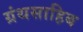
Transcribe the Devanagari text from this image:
ग्रंथसाहिब